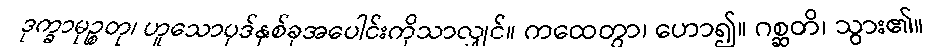
ဒုက္ခာမုဉ္စတု၊ ဟူသောပုဒ်နှစ်ခုအပေါင်းကိုသာလျှင်။ ကထေတွာ၊ ဟော၍။ ဂစ္ဆတိ၊ သွား၏။